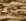
ذلك